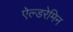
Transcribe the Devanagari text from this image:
ऐल्डरेमिन